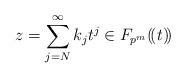
LaTeX: \begin{align*}z=\sum_{j=N}^\infty k_jt^j\in F_{p^m}(\!(t)\!)\end{align*}